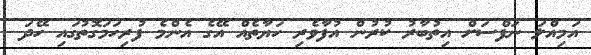
އަމިއްލަ ނަފްސަށް އިތުބާރު ކުރުން އުފާވެރި ހަޔާތެއް އޭގެ އެންމެ ފުރިހަމަގޮތުގައި ހޭދަ